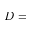
D =